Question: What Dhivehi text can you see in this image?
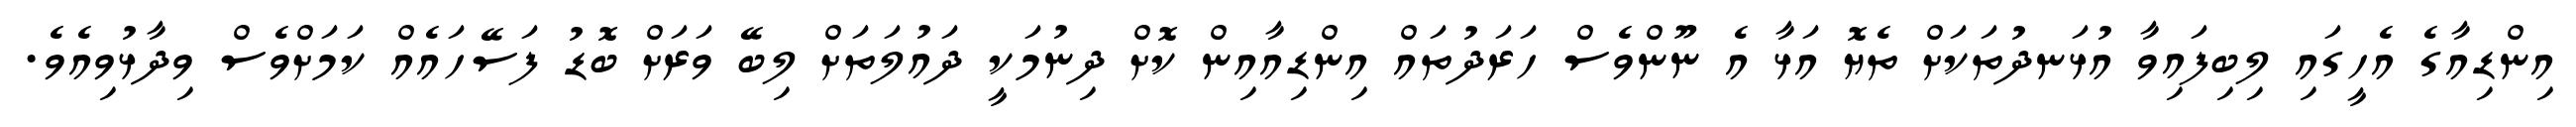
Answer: އިންޑިއާގެ އެހީގައި ލިބިފައިވާ އުޅަނދުތަކަށް ތެޔޮ އަޅާ އެ ނޫންވެސް ހަރަދުތައް އިންޑިއާއިން ކޮށް ދިނުމަކީ ދައުލަތަށް ލިބޭ ވަރަށް ބޮޑު ފަސޭހައެއް ކަމަށްވެސް ވިދާޅުވިއެވެ.